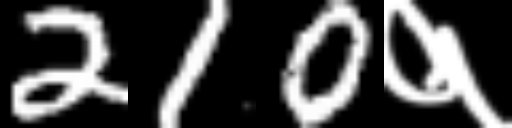
Text: 210१